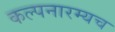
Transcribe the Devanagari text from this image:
कल्पनारम्यच